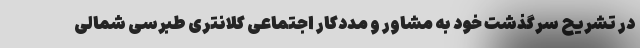
در تشریح سرگذشت خود به مشاور و مددکار اجتماعی کلانتری طبرسی شمالی